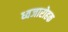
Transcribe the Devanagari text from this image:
ध्वजारोहक